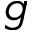
g